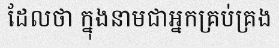
ដែលថា ក្នុងនាមជាអ្នកគ្រប់គ្រង